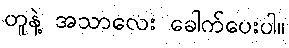
တူနဲ့ အသာလေး ခေါက်ပေးပါ။